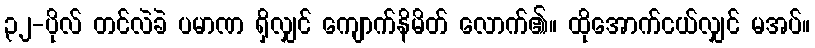
၃၂-ပိုလ် တင်လဲခဲ ပမာဏ ရှိလျှင် ကျောက်နိမိတ် လောက်၏။ ထိုအောက်ငယ်လျှင် မအပ်။